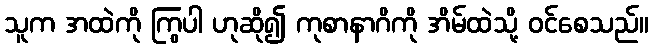
သူက အထဲကို ကြွပါ ဟုဆို၍ ကုစာနာဂိကို အိမ်ထဲသို့ ဝင်စေသည်။